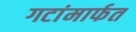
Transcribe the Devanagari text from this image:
गटांमार्फत